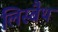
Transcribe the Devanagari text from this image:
लिस्बैथ